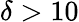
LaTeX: \delta>10